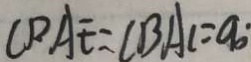
\angle P A E = \angle B A C = 9 0 ^ { \circ }